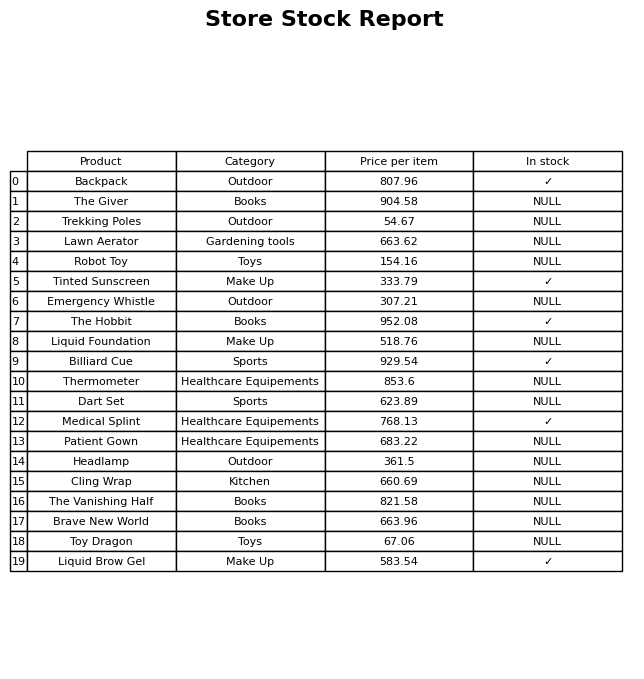
question: Is the Medical Splint in stock?
answer: ✓